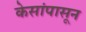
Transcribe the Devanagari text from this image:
केसांपासून